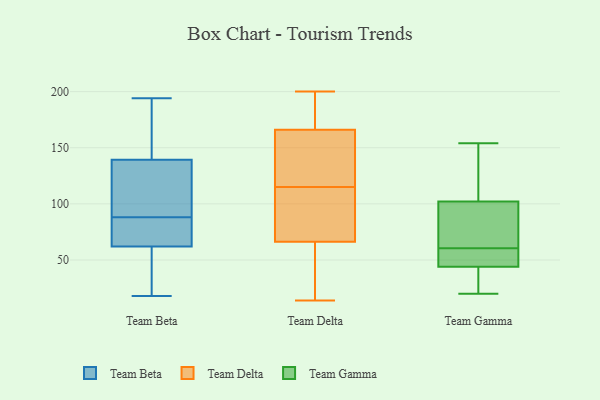
{"axis": {"x": "Website Visitors", "y": "Value"}, "legend": ["Team Beta", "Team Delta", "Team Gamma"], "data": [{"x": "", "y": 67, "type": "Team Beta"}, {"x": "", "y": 119, "type": "Team Beta"}, {"x": "", "y": 146, "type": "Team Beta"}, {"x": "", "y": 65, "type": "Team Beta"}, {"x": "", "y": 35, "type": "Team Beta"}, {"x": "", "y": 61, "type": "Team Beta"}, {"x": "", "y": 107, "type": "Team Beta"}, {"x": "", "y": 88, "type": "Team Beta"}, {"x": "", "y": 178, "type": "Team Beta"}, {"x": "", "y": 166, "type": "Team Beta"}, {"x": "", "y": 96, "type": "Team Beta"}, {"x": "", "y": 194, "type": "Team Beta"}, {"x": "", "y": 32, "type": "Team Beta"}, {"x": "", "y": 83, "type": "Team Beta"}, {"x": "", "y": 18, "type": "Team Beta"}, {"x": "", "y": 90, "type": "Team Beta"}, {"x": "", "y": 85, "type": "Team Beta"}, {"x": "", "y": 38, "type": "Team Beta"}, {"x": "", "y": 151, "type": "Team Beta"}, {"x": "", "y": 85, "type": "Team Delta"}, {"x": "", "y": 137, "type": "Team Delta"}, {"x": "", "y": 136, "type": "Team Delta"}, {"x": "", "y": 79, "type": "Team Delta"}, {"x": "", "y": 115, "type": "Team Delta"}, {"x": "", "y": 58, "type": "Team Delta"}, {"x": "", "y": 139, "type": "Team Delta"}, {"x": "", "y": 38, "type": "Team Delta"}, {"x": "", "y": 184, "type": "Team Delta"}, {"x": "", "y": 69, "type": "Team Delta"}, {"x": "", "y": 187, "type": "Team Delta"}, {"x": "", "y": 14, "type": "Team Delta"}, {"x": "", "y": 199, "type": "Team Delta"}, {"x": "", "y": 160, "type": "Team Delta"}, {"x": "", "y": 200, "type": "Team Delta"}, {"x": "", "y": 98, "type": "Team Delta"}, {"x": "", "y": 44, "type": "Team Delta"}, {"x": "", "y": 53, "type": "Team Gamma"}, {"x": "", "y": 99, "type": "Team Gamma"}, {"x": "", "y": 44, "type": "Team Gamma"}, {"x": "", "y": 23, "type": "Team Gamma"}, {"x": "", "y": 112, "type": "Team Gamma"}, {"x": "", "y": 20, "type": "Team Gamma"}, {"x": "", "y": 58, "type": "Team Gamma"}, {"x": "", "y": 54, "type": "Team Gamma"}, {"x": "", "y": 154, "type": "Team Gamma"}, {"x": "", "y": 102, "type": "Team Gamma"}, {"x": "", "y": 44, "type": "Team Gamma"}, {"x": "", "y": 47, "type": "Team Gamma"}, {"x": "", "y": 23, "type": "Team Gamma"}, {"x": "", "y": 125, "type": "Team Gamma"}, {"x": "", "y": 63, "type": "Team Gamma"}, {"x": "", "y": 140, "type": "Team Gamma"}, {"x": "", "y": 82, "type": "Team Gamma"}, {"x": "", "y": 99, "type": "Team Gamma"}]}